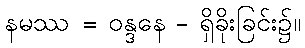
နမဿ = ဝန္ဒနေ - ရှိခိုးခြင်း၌။